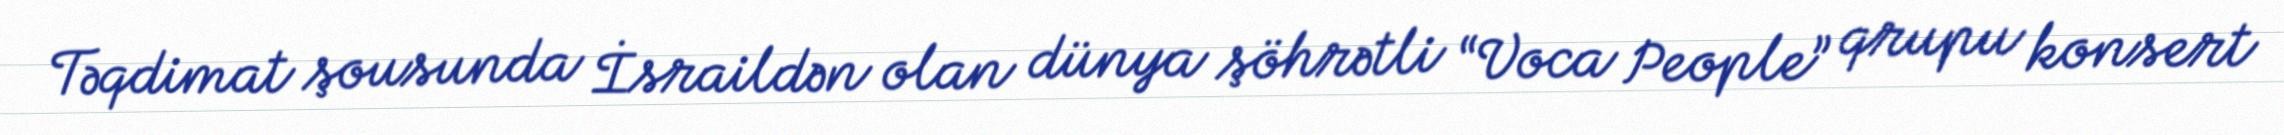
Təqdimat şousunda İsraildən olan dünya şöhrətli “Voca People” qrupu konsert